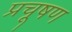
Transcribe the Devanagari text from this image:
प्रचूषण